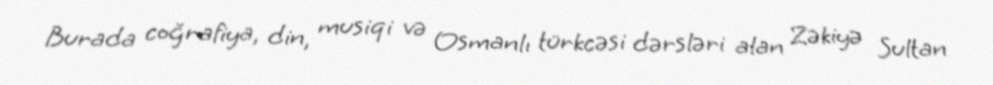
Burada coğrafiya, din, musiqi və Osmanlı türkcəsi dərsləri alan Zəkiyə Sultan